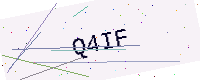
Text: Q4IF